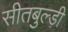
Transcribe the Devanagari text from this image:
सीतबुल्ड़ी